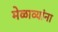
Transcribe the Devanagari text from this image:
मेळाव्यांना